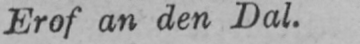
Erof an den Dal.